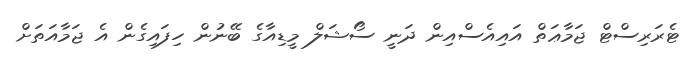
ޓެރަރިސްޓް ޖަމާޢަތް އައިއެސްއިން ދަނީ ސޯޝަލް މީޑިއާގެ ބޭނުން ހިފައިގެން އެ ޖަމާއަތަށް